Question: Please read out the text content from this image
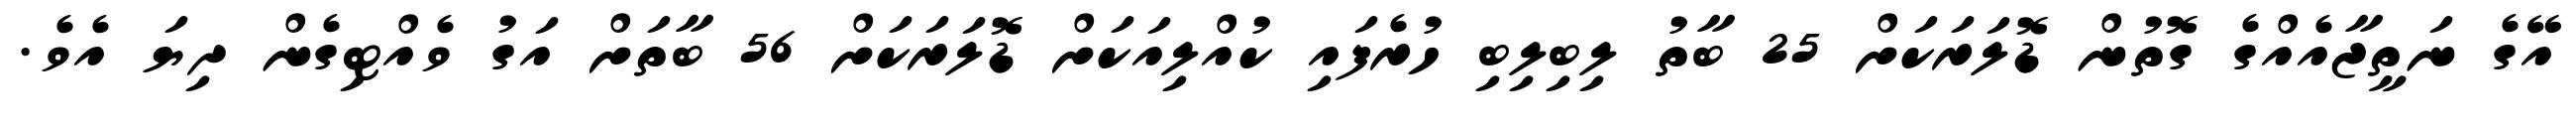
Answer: އޭގެ ނަތީޖާއެއްގެ ގޮތުން ޑޮލަރަކަށް 25 ބާތު ލިބިލިބި ހުރެފައި ކުއްލިއަކަށް ޑޮލަރަކަށް 56 ބާތަށް އަގު ވެއްޓިގެން ދިޔަ އެވެ.